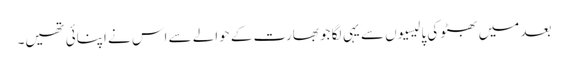
بعد میں بھٹو کی پالیسیوں سے یہی لگا جو بھارت کے حوالے سے اس نے اپنائی تھیں۔